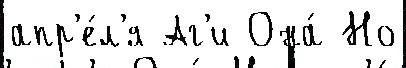
апр'е́л'я Аг'и Она́ Но